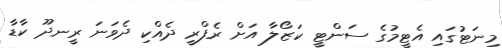
މިނަޓުގައި އެޓީމުގެ ސަންޓީ ކަޒޯލާ އަށް ރެފްރީ ދެއްކި ދެވަނަ ރީނދޫ ކާޑާ